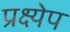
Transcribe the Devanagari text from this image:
प्रक्ष्येप